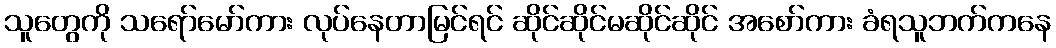
သူတွေကို သရော်မော်ကား လုပ်နေတာမြင်ရင် ဆိုင်ဆိုင်မဆိုင်ဆိုင် အစော်ကား ခံရသူဘက်ကနေ